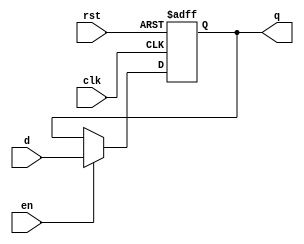
module dff_ar_en #(
    parameter nr_bits = 5
  )
  (
    input [nr_bits-1:0] d,
    input clk,
    input rst,
    input en,
    output reg [nr_bits-1:0] q);
    
always @(posedge clk, negedge rst) begin
   if (!rst)
        q <= {nr_bits{1'b0}};
    else if(en)
        q <= d;
end
endmodule